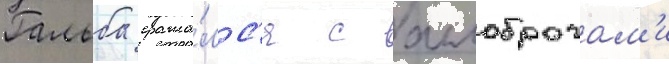
Гальба сража́лс'я с аллоброгам'и